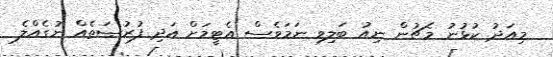
މިއަދު ކުޅުނު މެޗުން ނިއު ބަލިވި ނަމަވެސް އެޓީމަށް އަދި ފުުރުޞަތެއް ނުގެއްލެ